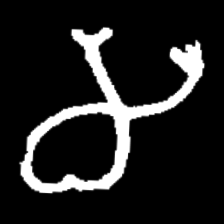
Pyu character \u2014 Myanmar letter: မ (romanized: ma)